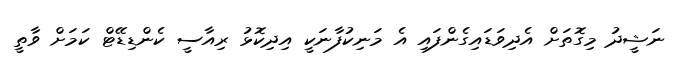
ނަޝީދު މިގޮތަށް އެދިވަޑައިގެންފައި އެ މަނިކުފާނަކީ އިދިކޮޅު ރިއާސީ ކެންޑިޑޭޓް ކަމަށް ވާތީ